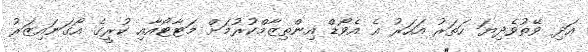
އަދި ވޭތުވެދިޔަ ހަތަރު އަހަރު އެ އެވޯޑް އިންތިޒާމްކުރުމަށް މަޓާޓޯއާއި ކުރީގެ އޯގަނައިޒަރު